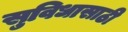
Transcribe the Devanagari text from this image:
सुविधासाठी